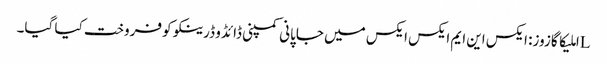
Lاملیکا گازوز: ایکس این ایم ایکس ایکس میں جاپانی کمپنی ڈائڈو ڈرینکو کو فروخت کیا گیا۔